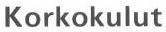
Korkokulut